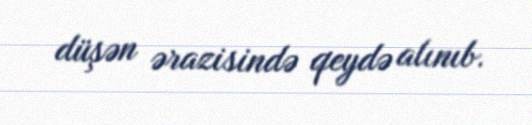
düşən ərazisində qeydə alınıb.